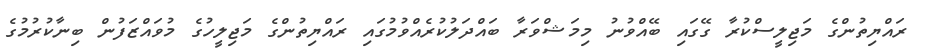
ރައްޔިތުންގެ މަޖިލީސްކުރާ ގޭގައި ބޭއްވުނު މިމަޝްވަރާ ބައްދަލުކުރެއްވުމުގައި ރައްޔިތުންގެ މަޖިލީހުގެ މުވައްޒަފުން ބިނާކުރުމުގެ